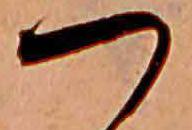
つ